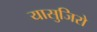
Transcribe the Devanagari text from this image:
यासुजिरो